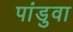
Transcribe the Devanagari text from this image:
पांडुवा